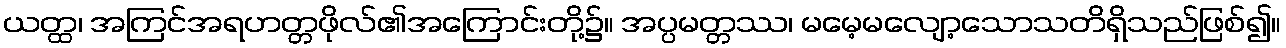
ယတ္ထ၊ အကြင်အရဟတ္တဖိုလ်၏အကြောင်းတို့၌။ အပ္ပမတ္တဿ၊ မမေ့မလျော့သောသတိရှိသည်ဖြစ်၍။